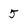
Character: 5